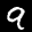
Label: 9